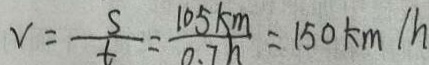
v = \frac { s } { t } = \frac { 1 0 5 k m } { 0 . 7 h } = 1 5 0 k m / h